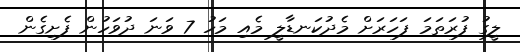
ލީގު ފުރަތަމަ ފަހަރަށް މެދުކަނޑާލީ މެއި މަހު 7 ވަނަ ދުވަހުން ފެށިގެން